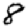
Digit: 8